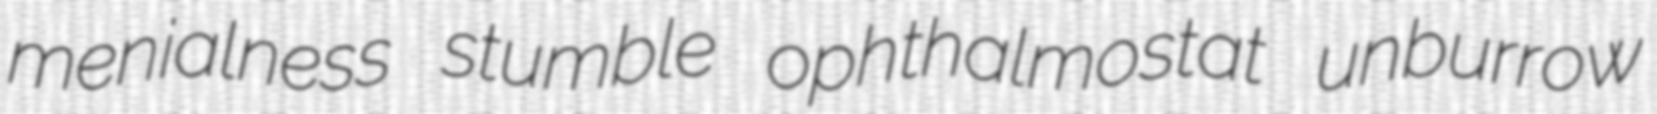
menialness stumble ophthalmostat unburrow